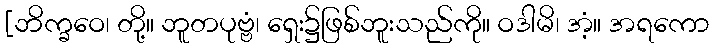
[ဘိက္ခဝေ၊ တို့။ ဘူတပုဗ္ဗံ၊ ရှေး၌ဖြစ်ဘူးသည်ကို။ ဝဒါမိ၊ အံ့။ အရကော